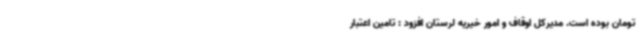
تومان بوده است. مدیرکل اوقاف و امور خیریه لرستان افزود :‌ تامین اعتبار